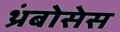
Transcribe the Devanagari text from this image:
थ्रंबोसेस